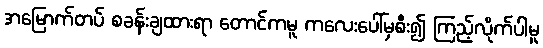
အမြောက်တပ် စခန်းချထားရာ တောင်ကမူ ကလေးပေါ်မှစီး၍ ကြည့်လိုက်ပါမူ